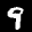
Label: 9